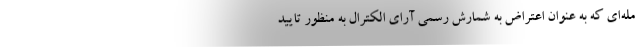
مله‌ای که به عنوان اعتراض به شمارش رسمی آرای الکترال به منظور تایید